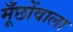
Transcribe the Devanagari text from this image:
मूँछोंवाला